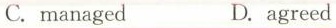
C.managed D.agreed